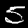
Digit: 5